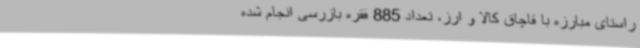
راستای مبارزه با قاچاق کالا و ارز، تعداد 885 فقره بازرسی انجام شده